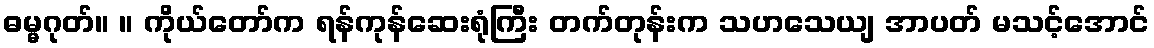
ဓမ္မဂုတ်။ ။ ကိုယ်တော်က ရန်ကုန်ဆေးရုံကြီး တက်တုန်းက သဟသေယျ အာပတ် မသင့်အောင်